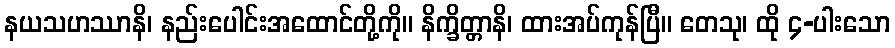
နယသဟဿာနိ၊ နည်းပေါင်းအထောင်တို့ကို။ နိက္ခိတ္တာနိ၊ ထားအပ်ကုန်ပြီ။ တေသု၊ ထို ၄-ပါးသော